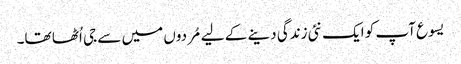
یسوع آپ کو ایک نئی زندگی دینے کے لیے مُردوں میں سے جی اُٹھا تھا۔